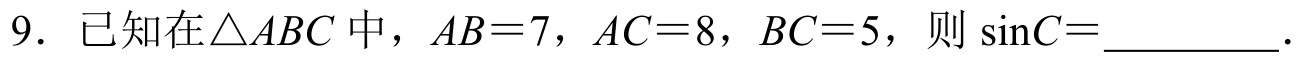
9. 已知在$\triangle ABC$中，$AB = 7$，$AC = 8$，$BC = 5$，则$\sin C=$__________．